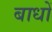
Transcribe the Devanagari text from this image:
बाधों